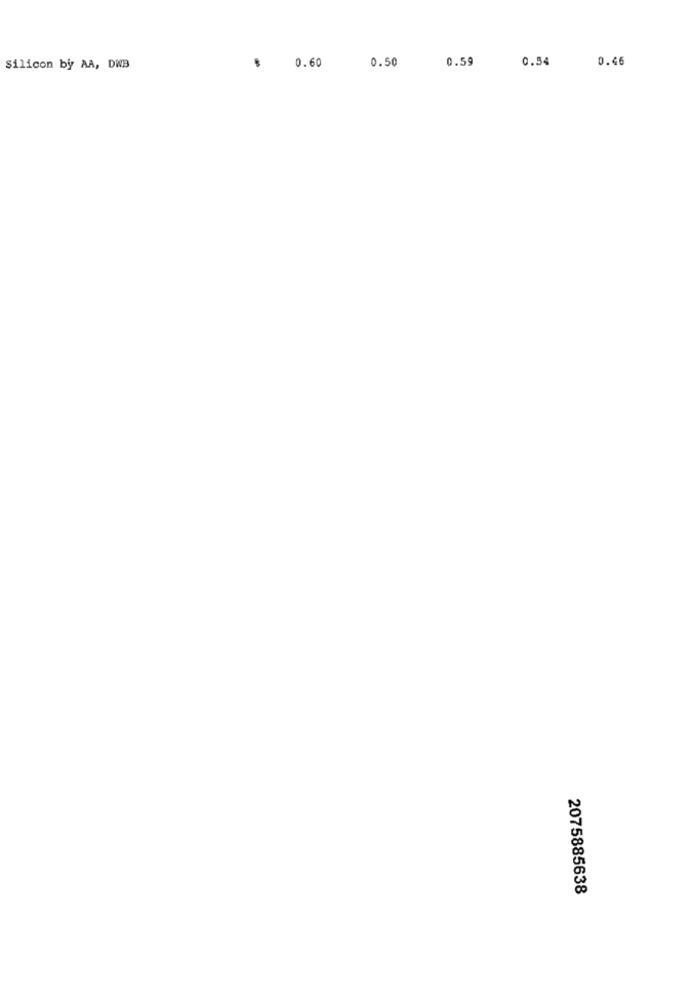
0.60
0.50
0.59
0.54
0.46
Silicon by AA, DWB
.
2075885638